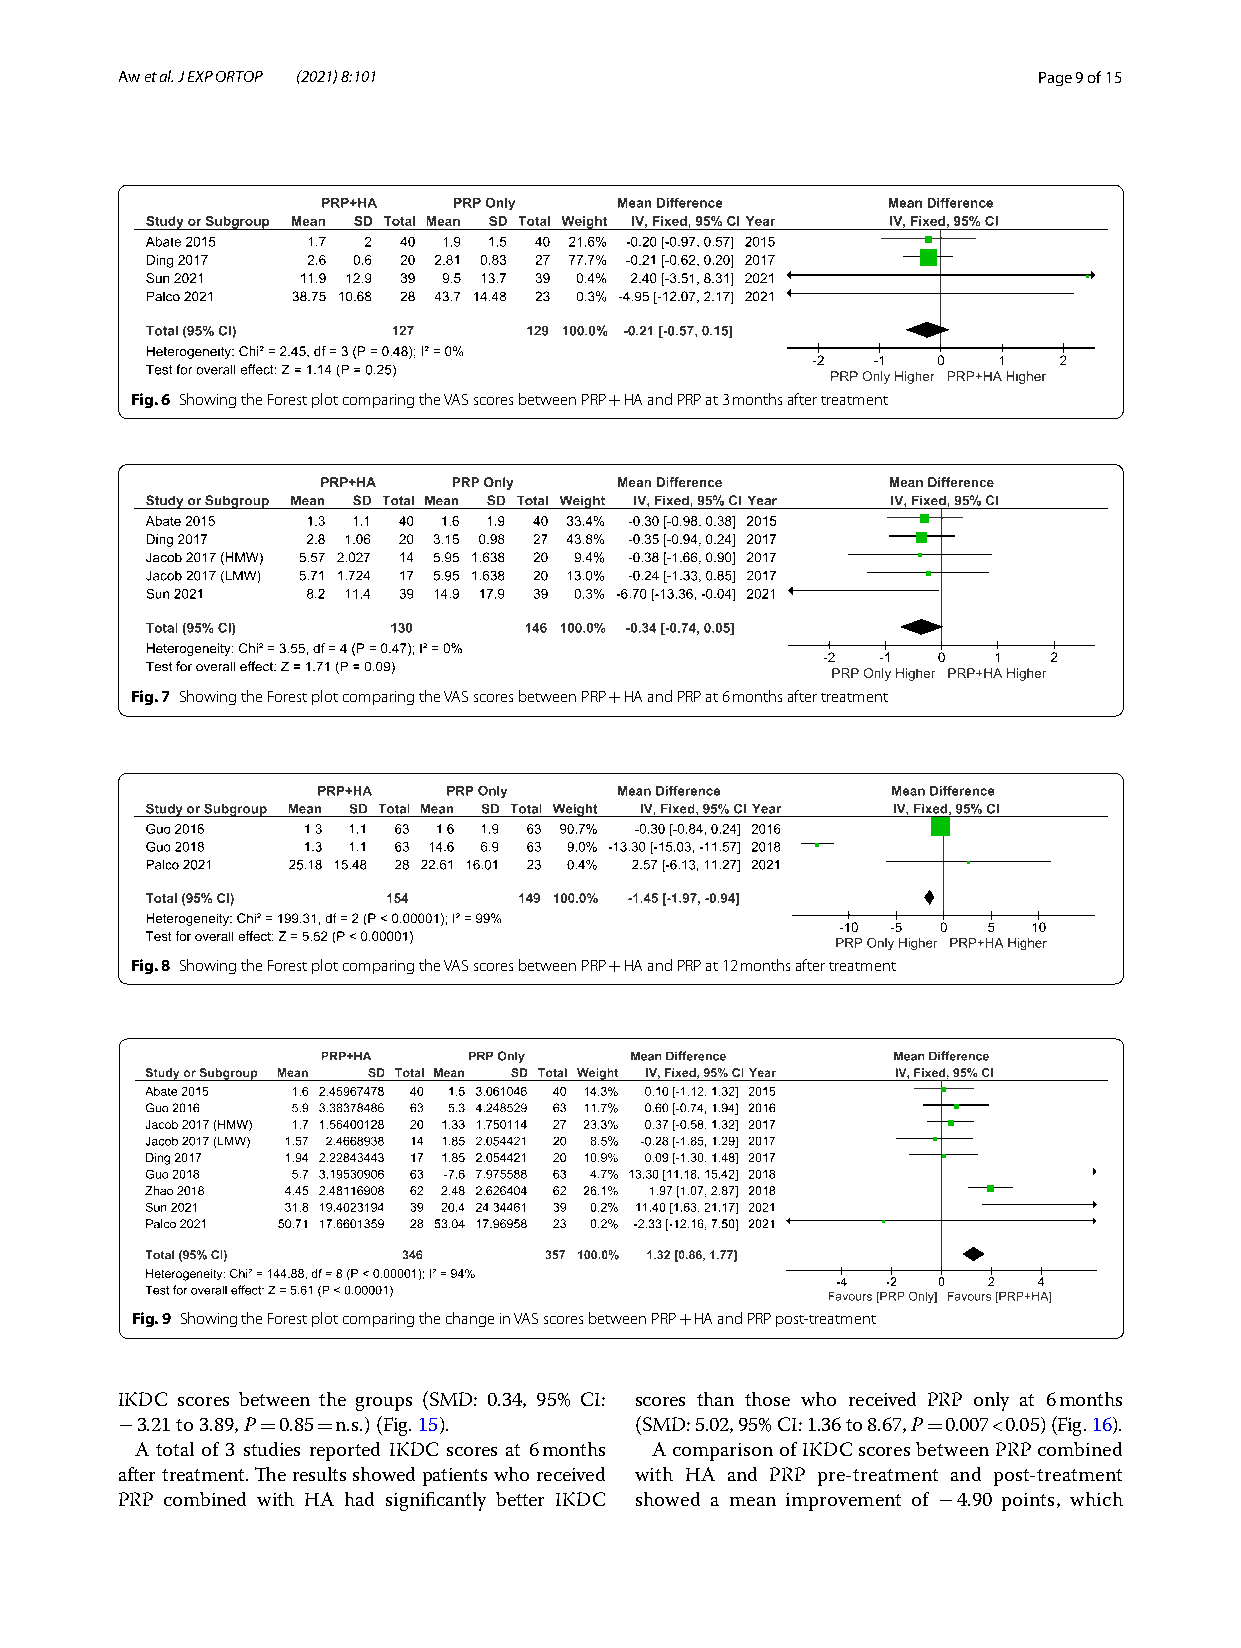
A w et al. J EXP ORTOP (2021) 8:101                          Page 9 of 15
 Fig. 6 Showing the Forest plot comparing the VAS scores between PRP HA and PRP at 3 months after treatment
 +
 Fig. 7 Showing the Forest plot comparing the VAS scores between PRP HA and PRP at 6 months after treatment
 +
 Fig. 8 Showing the Forest plot comparing the VAS scores between PRP HA and PRP at 12 months after treatment
 +
 Fig. 9 Showing the Forest plot comparing the change in VAS scores between PRP HA and PRP post-treatment
 +
 IKDC scores between the groups (SMD: 0.34, 95% CI: scores than those who received PRP only at 6 months
 3.21 to 3.89, P 0.85 n.s.) (Fig. 15). (SMD: 5.02, 95% CI: 1.36 to 8.67, P 0.007 < 0.05) (Fig. 16).
 −        =   =                                       =
 A total of 3 studies reported IKDC scores at 6 months A comparison of IKDC scores between PRP combined
 after treatment. The results showed patients who received with HA and PRP pre-treatment and post-treatment
 PRP combined with HA had significantly better IKDC showed a mean improvement of 4.90 points, which
 −